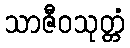
သာဇီဝသုတ္တံ